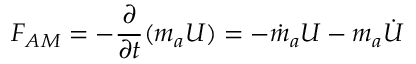
F _ { A M } = - \frac { \partial } { \partial t } ( m _ { a } U ) = - \dot { m } _ { a } U - m _ { a } \dot { U }